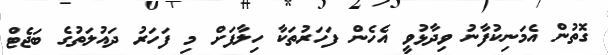
ގޮތުން އެމަނިކުފާނު ވިދާޅުވީ އެހެން ފަހަރުތަކާ ހިލާފަށް މި ފަހަރު ދައުލަތުގެ ބަޖެޓް